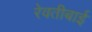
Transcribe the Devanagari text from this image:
रेवतीबाई